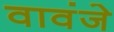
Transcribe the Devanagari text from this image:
वावंजे